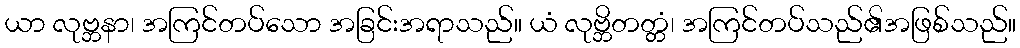
ယာ လုဗ္ဘနာ၊ အကြင်တပ်သော အခြင်းအရာသည်။ ယံ လုဗ္ဘိတတ္တံ၊ အကြင်တပ်သည်၏အဖြစ်သည်။